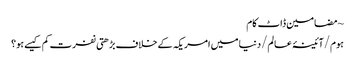
~ مضامین ڈاٹ کام
ہوم/آئینۂ عالم/دنیا میں امریکہ کے خلاف بڑھتی نفرت کم کیسے ہو؟